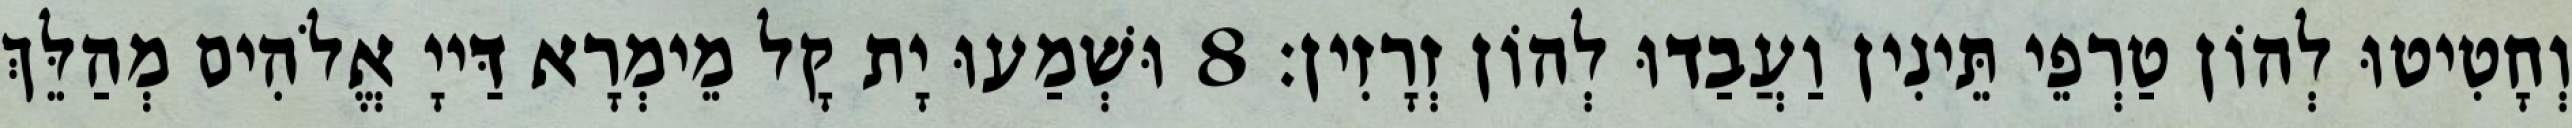
וְחָטִיטוּ לְהוֹן טַרְפֵי תֵּינִין וַעֲבַדוּ לְהוֹן זְרָזִין׃ 8 וּשְׁמַעוּ יָת קָל מֵימְרָא דַּייָ אֱלֹהִים מְהַלֵּךְ